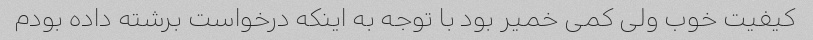
کیفیت خوب ولی کمی خمیر بود با توجه به اینکه درخواست برشته داده بودم